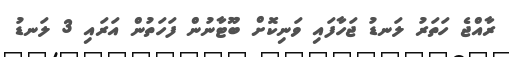
ރާއްޖެ ހަތަރު ލަނޑު ޖަހާފައި ވަނިކޮށް ބޫޓާނުން ފަހަތުން އަރައި 3 ލަނޑު